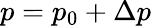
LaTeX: p=p_{0}+\Delta p